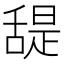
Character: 𦧧